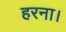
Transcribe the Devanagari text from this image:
हरना।